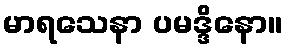
မာရသေနာ ပမဒ္ဒိနော။